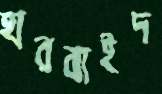
হারবাইদ